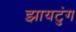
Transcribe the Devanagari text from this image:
झायटुंग